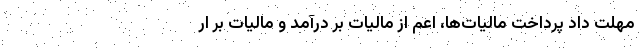
مهلت داد پرداخت مالیات‌ها، اعم از مالیات‌ بر درآمد و مالیات بر ار